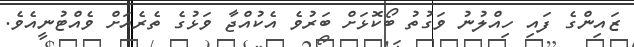
ޒައިންގެ ފައި ހިއްލުނު ވަގުތު ބޯކޮޅަށް ބަރުވެ އެކުއްޖާ ވަޅުގެ ތެރެއަށް ވެއްޓުނީއެވެ.